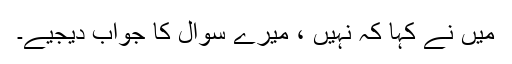
میں نے کہا کہ نہیں ، میرے سوال کا جواب دیجیے۔